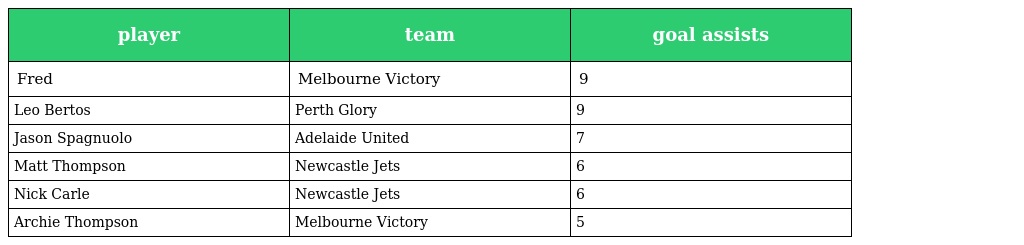
| player | team | goal assists |
 | --- | --- | --- |
 | Fred | Melbourne Victory | 9 |
 | Leo Bertos | Perth Glory | 9 |
 | Jason Spagnuolo | Adelaide United | 7 |
 | Matt Thompson | Newcastle Jets | 6 |
 | Nick Carle | Newcastle Jets | 6 |
 | Archie Thompson | Melbourne Victory | 5 |